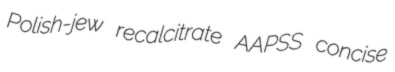
Polish-jew recalcitrate AAPSS concise